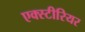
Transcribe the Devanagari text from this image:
एक्स्टीरियर